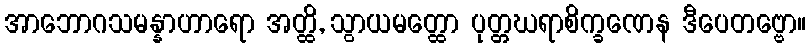
အာဘောဂသမန္နာဟာရော အတ္ထိ, သွာယမတ္ထော ပုတ္တဃရာစိက္ခဏေန ဒီပေတဗ္ဗော။